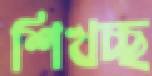
শিখচ্ছ